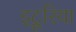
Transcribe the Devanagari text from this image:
इट्रूरिया